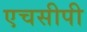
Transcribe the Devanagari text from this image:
एचसीपी